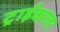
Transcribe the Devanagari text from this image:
ट्राईकलर